Indian journal of veterinary science and animal husbandry - Volumes 26-27, 1956-1957
Year: 1956
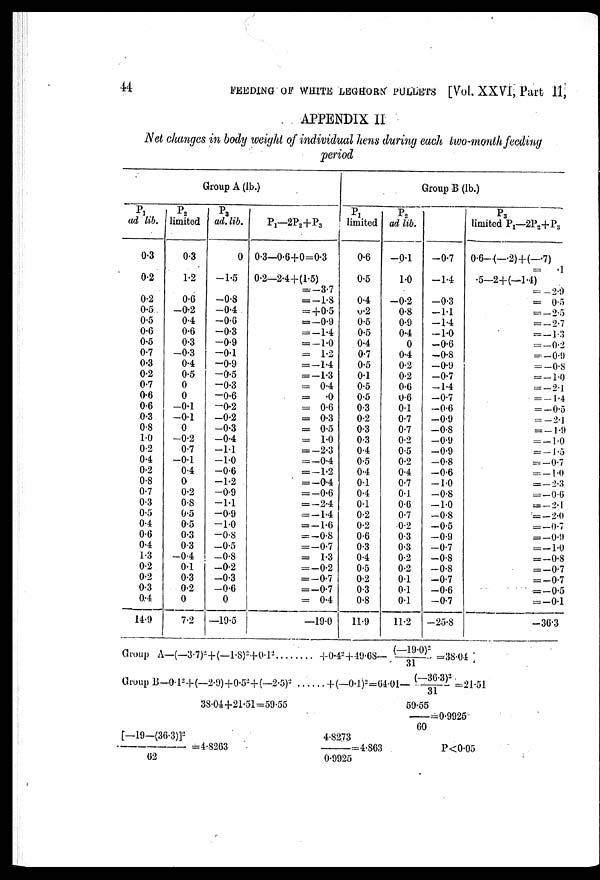
44
FEEDING
OF
WHITE LEGHORN PULLETS [Vol. XXVI, Part II,
APPENDIX II
Net changes in body weight of individual hens during each two-month feeding
period
P 1
ad lib.
0.3
0.2
0.2
0.5
0.5
0.6
0.5
0.7
0.3
0.2
0.7
0.6
0.6
0.3
0.8
1.0
0.2
04
0.2
0.8
0.7
0.3
0.5
0.4
0.6
0.4
1.3
0.2
0.2
0.3
0.4
14.9
Group A (lb.)
P 2
limited
0.3
1.2
0.6
—0.2
0.4
0.6
0.3
—0.3
0.4
0.5
0
0
—0.1
—0.1
0
—0.2
0.7
—0.1
0.4
0
0.2
0.8
0.5
0.5
0.3
0.3
—0.4
0.1
0.3
0.2
0
7.2
P 3
ad. lib.
0
—1.5
—0.8
—0.4
—0.6
—0.3
—0.9
—0.1
—0.9
—0.5
—0.3
—0.6
—0.2
—0.2
—0.3
—0.4
—1.1
—1.0
—0.6
—1.2
—0.9
—1.1
—0.9
—1.0
—0.8
—0.5
—0.8
—0.2
—0.3
—0.6
0
—19.5
P 1 —2P 2 +P 3
0.3—0.6+0=0.3
0.2—2.4+(1.5)
= —3.7
= —1.8
=+0.5
= —0.9
= —1.4
= —1.0
= 1.2
= —1.4
= —1.3
= 0.4
=
.0
= 0.6
= 0.3
= 0.5
= 1.0
= —2.3
= —0.4
= —1.2
= —0.4
= —0.6
= —2.4
= —1.4
= —1.6
= —0.8
= —0.7
= 1.3
= —0.2
= —0.7
= —0.7
= 0.4
—19.0
P 1
limited
0.6
0.5
0.4
0.2
0.5
0.5
0.4
0.7
0.5
0.1
0.5
0.5
0.3
0.2
0.3
0.3
0.4
0.5
0.4
0.1
0.4
0.1
0.2
0.2
0.6
0.3
0.4
0.5
0.2
0.3
0.8
11.9
Group B (lb.)
P 2
ad lib.
—0.1
1.0
—0.2
0.8
0.9
0.4
0
0.4
0.2
0.2
0.6
0.6
0.1
0.7
0.7
0.2
0.5
0.2
0.4
0.7
0.1
0.6
0.7
0.2
0.3
0.3
0.2
0.2
0.1
0.1
0.1
11.2
—0.7
—14
—0.3
—1.1
—1.4
—1.0
—0.6
—0.8
—0.9
—0.7
—1.4
—0.7
—0.6
—0.9
—0.8
—0.9
—0.9
—0.8
—0.6
—1.0
—0.8
—1.0
—0.8
—0.5
—0.9
—0.7
—0.8
—0.8
—0.7
—0.6
—0.7
—25.8
P 3
limited P 1 —2P 2 +P 3
0.6—(—.2) + (—.7)
=
1
5—2+(—1.4)
= —2.9
= 0.5
= — 2.5
= —2.7
= —1.3
= —0.2
= —0.9
= —0.8
= —1.0
= — 2.1
= —1.4
= —0.5
= —2.1
= —1.9
= —1.0
= —1.5
= —0.7
= —1.0
= —2.3
= —0.6
= —2.1
= —2.0
= —0.7
= —0.9
= —1.0
= —0.8
= —0.7
= —0.7
= —0.5
= —0.1
—36.3
Group A—(—3.7) 2 +(—1.8) 2 +0.1 2 +0.4 2 +49.68— (—19.0) 2 /31 =38.04
Group
B—0.1 2 +(—2.9)+0.5 2 +(—2.5) 2
+ (—0.1) 2 =64.01— (—36.3) 2 /31=21.51
38.04+21.51=59.55
59.55/60
= 0.9925
[—19—(36.3)] 2 / 62 =4.8263
4.8273/0.9925
=4.863
P<0.05